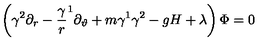
\left( \gamma ^ { 2 } \partial _ { r } - { \frac \gamma r } ^ { 1 } \partial _ { \vartheta } + m \gamma ^ { 1 } \gamma ^ { 2 } - g H + \lambda \right) \Phi = 0